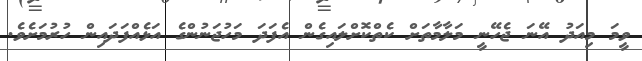
ވީމަ މިއަދު އޭނަ ޖެހޭނީ މަލާމާތަށް ކެތްކޮށްލައިގެން އެފަދަ މަހުޖަނުންގެ އަޅެއްފަދައިން ހުރުމަށެވެ.